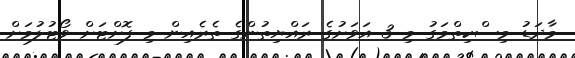
މާދަޑު މިސްކިތްމަގު މި 3 އަވަށުގެ ރައްޔިތުންގެ ތެރެއިން މި ފޮށްޓަށް ވޯޓުލުމަށް